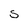
Character: s